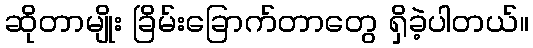
ဆိုတာမျိုး ခြိမ်းခြောက်တာတွေ ရှိခဲ့ပါတယ်။